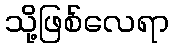
သို့ဖြစ်လေရာ